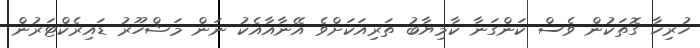
ހުރިހާ ގޮތަކުން ވެސް ކަންގަނާ ކާމިޔާބު ތަރިއަކަށްވެ އޭނާއާއެކު ނަން މަޝްހޫރު ޑައިރެކްޓަރުން